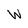
Character: W